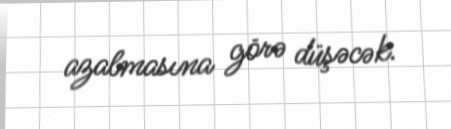
azalmasına görə düşəcək.